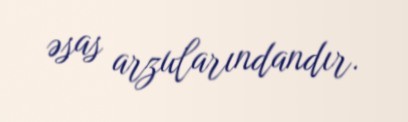
əsas arzularındandır.